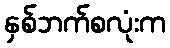
နှစ်ဘက်စလုံးက